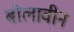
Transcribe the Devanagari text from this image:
बोलावीन